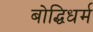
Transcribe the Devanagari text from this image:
बोद्धिधर्म